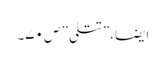
ایضاََ،”تتلی ” ص ۷۰۔